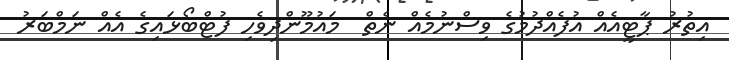
އިތުރު ޕާޓީއެއް އުފެއްދުމުގެ ވިސްނުމެއް ނެތް  މައުމޫންދިވެހި ފުޓްބޯޅައިގެ އެއް ނަމްބަރު